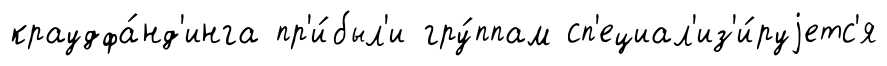
краудфа́нд'инга пр'и́был'и гру́ппам сп'ециал'из'и́руjетс'я